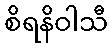
စိရနိဝါသီ